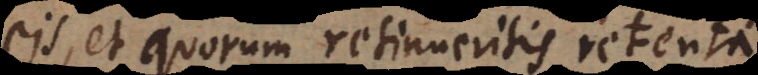
eis, et quorum retinueritis retenta